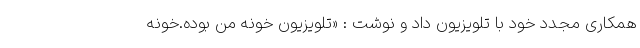
همکاری مجدد خود با تلویزیون داد و نوشت : «تلویزیون خونه من بوده.خونه